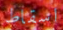
اسقاط